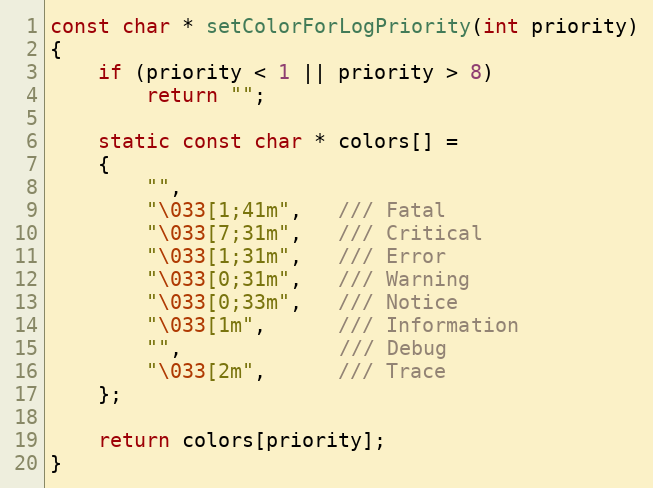
Language: C++
const char * setColorForLogPriority(int priority)
{
    if (priority < 1 || priority > 8)
        return "";

    static const char * colors[] =
    {
        "",
        "\033[1;41m",   /// Fatal
        "\033[7;31m",   /// Critical
        "\033[1;31m",   /// Error
        "\033[0;31m",   /// Warning
        "\033[0;33m",   /// Notice
        "\033[1m",      /// Information
        "",             /// Debug
        "\033[2m",      /// Trace
    };

    return colors[priority];
}